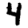
Digit: 4